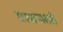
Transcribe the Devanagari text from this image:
माध्यमातले